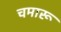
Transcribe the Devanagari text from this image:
चमारू